system: You are a helpful assistant.
user:
Analyze the provided spectrum to determine if it is a **"Cataclysmic Variables (CV)"**.

- **Key Indicators for CV (Check for either state):**
    - **State 1: Quiescent / Low-State (Emission-Dominated)**
        - **(Primary):** Strong and *very broad* Hydrogen Balmer emission lines (e.g., $H\alpha$ at 6563 Å, $H\beta$ at 4861 Å). The 'broadness' (high velocity dispersion, often FWHM > 1000 km/s) is the key diagnostic, indicating a high-velocity accretion disk.
        - **(Secondary):** Broad neutral Helium (He I) emission lines (e.g., 5876 Å, 6678 Å).
        - **(Key Confirmation):** Presence of high-excitation *ionized* Helium (He II) emission at 4686 Å. This is a strong indicator of accretion onto a white dwarf.
        - **(Line Profile):** Emission lines may exhibit a 'double-peaked' profile, which is a classic signature of a rotating accretion disk viewed at high inclination.

    - **State 2: Outburst / High-State (Absorption-Dominated)**
        - **(Primary):** Spectrum is dominated by a bright, blue continuum (looks like a hot star).
        - **(Secondary):** The emission lines from State 1 are weak, absent, or 'filled in', and are replaced by broad, shallow *absorption* lines (primarily Balmer and He I).
        - **(Morphology):** The overall spectrum mimics a hot B/A-type star. The crucial difference is that the absorption lines are significantly broader, shallower, and more 'washed-out' (or 'smeared') than the sharp lines of a normal stellar photosphere, due to high rotational speeds and pressure broadening in the disk.

Think first, call **spectral_visualization_tool** if needed to examine features in detail, then provide your final answer. Your response must adhere to the following strict rules:
1.  **Overall Structure:** Your response must follow the format `<think>...</think> <tool_call>...</tool_call> (if a tool is used) <answer>...</answer>`.
2.  **Tool Usage Constraint:** You may only make **one** tool call per turn.
3.  **Final Answer Format:** In the `<answer>` tag, your conclusion must be inside a `\boxed{}` command (e.g., `\boxed{YES}`), followed by your justification.

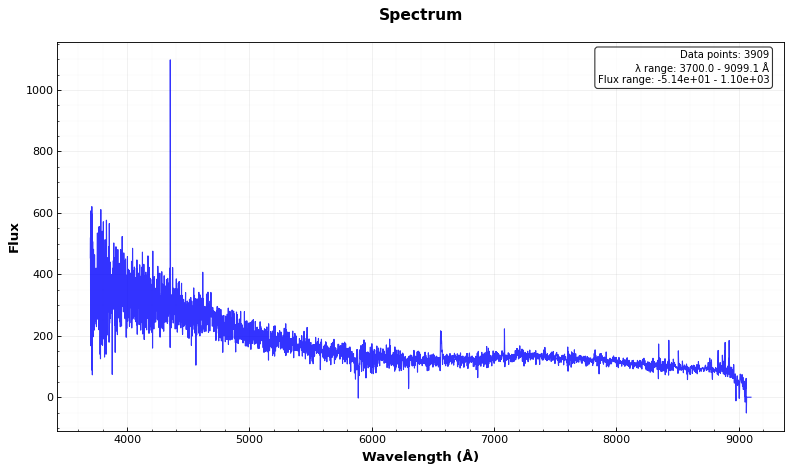
Answer: YES